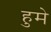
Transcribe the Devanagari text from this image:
हुमे